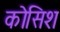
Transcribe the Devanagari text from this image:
कोसिश